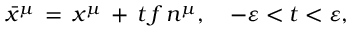
\bar { x } ^ { \mu } \, = \, x ^ { \mu } \, + \, t \, f \, n ^ { \mu } , \quad - \varepsilon < t < \varepsilon ,